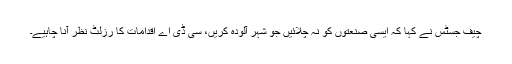
چیف جسٹس نے کہا کہ ایسی صنعتوں کو نہ چلائیں جو شہر آلودہ کریں، سی ڈی اے اقدامات کا رزلٹ نظر آنا چاہیے۔